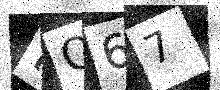
Text: MO67